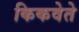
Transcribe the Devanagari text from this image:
किकवेते